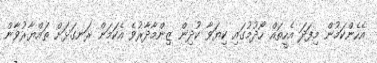
އެހެންކަމުން މިފަދަ އެހީތައް ހޯދުމުގައި ކިޔަވާ ކުދިން ޒިންމާދާރުވެ އެކަމަށް ރަނގަޅަށް ތައްޔާރުވާން